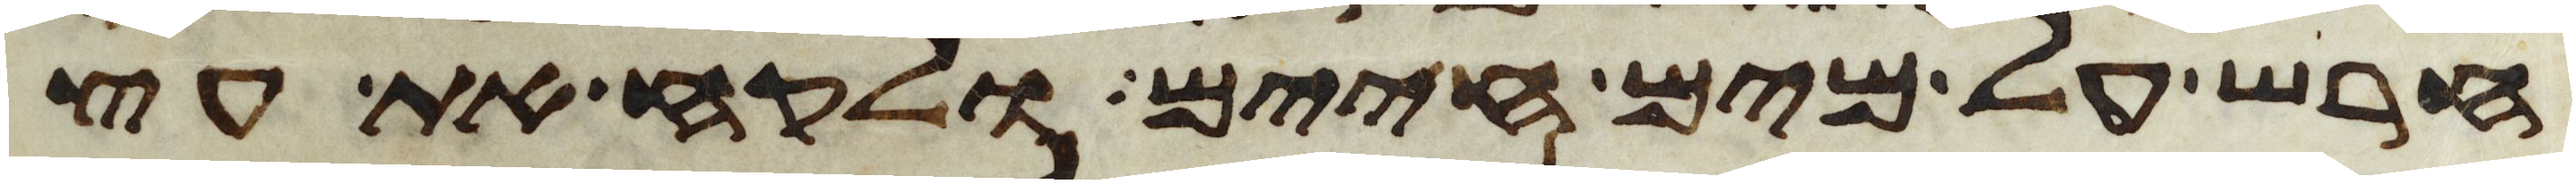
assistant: חרש על מים חיים ולקח את עץ